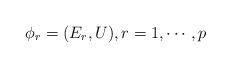
LaTeX: \begin{align*} \phi_r=(E_r, U),r=1,\cdots, p \end{align*}